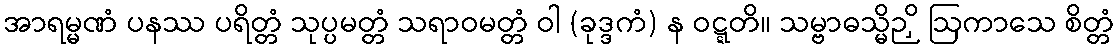
အာရမ္မဏံ ပနဿ ပရိတ္တံ သုပ္ပမတ္တံ သရာဝမတ္တံ ဝါ (ခုဒ္ဒကံ) န ဝဋ္ဋတိ။ သမ္ဗာဓသ္မိဉှိ ဩကာသေ စိတ္တံ